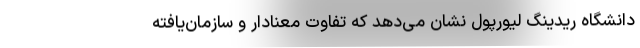
دانشگاه ریدینگ لیورپول نشان می‌دهد که تفاوت معنادار و سازمان‌یافته